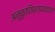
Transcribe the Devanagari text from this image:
अनुवृत्तिप्रत्ययकारणं